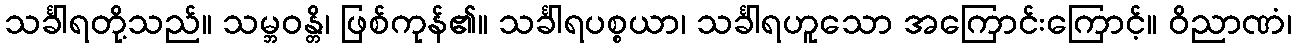
သင်္ခါရတို့သည်။ သမ္ဘဝန္တိ၊ ဖြစ်ကုန်၏။ သင်္ခါရပစ္စယာ၊ သင်္ခါရဟူသော အကြောင်းကြောင့်။ ဝိညာဏံ၊